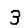
Digit: 3